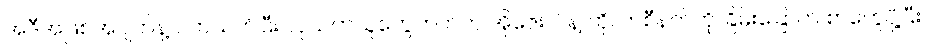
အဲဒီအဖြစ်အပျက်နဲ့ ပတ်သက်ပြီး လုယက်သူတွေဘက်က အိုဇေးလ်နဲ့ ကိုလာစီနက်ကို ခြိမ်းခြောက် စာတွေပို့ပြီး